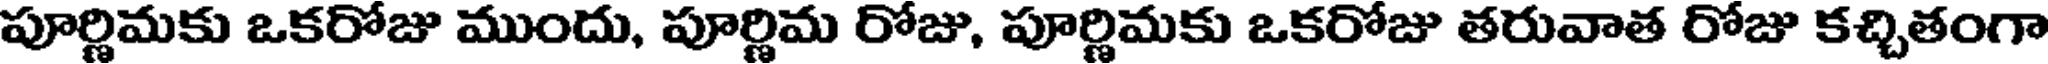
పూర్ణిమకు ఒకరోజు ముందు, పూర్ణిమ రోజు, పూర్ణిమకు ఒకరోజు తరువాత రోజు కచ్చితంగా